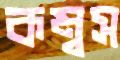
কম্বস